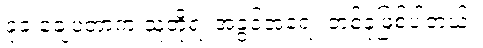
ခုခံ ချေပတာက သူတို့ရဲ့ အခွင့်အရေး တစ်ခုဖြစ်ပါတယ်။